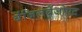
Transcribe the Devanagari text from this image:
बेंजिलबेंजोएट